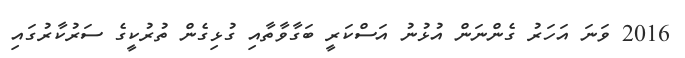
2016 ވަނަ އަހަރު ގެންނަން އުޅުނު އަސްކަރީ ބަގާވާތާއި ގުޅިގެން ތުރުކީގެ ސަރުކާރުގައި